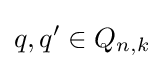
q,q'\in Q_{n,k}